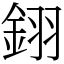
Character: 𨦫